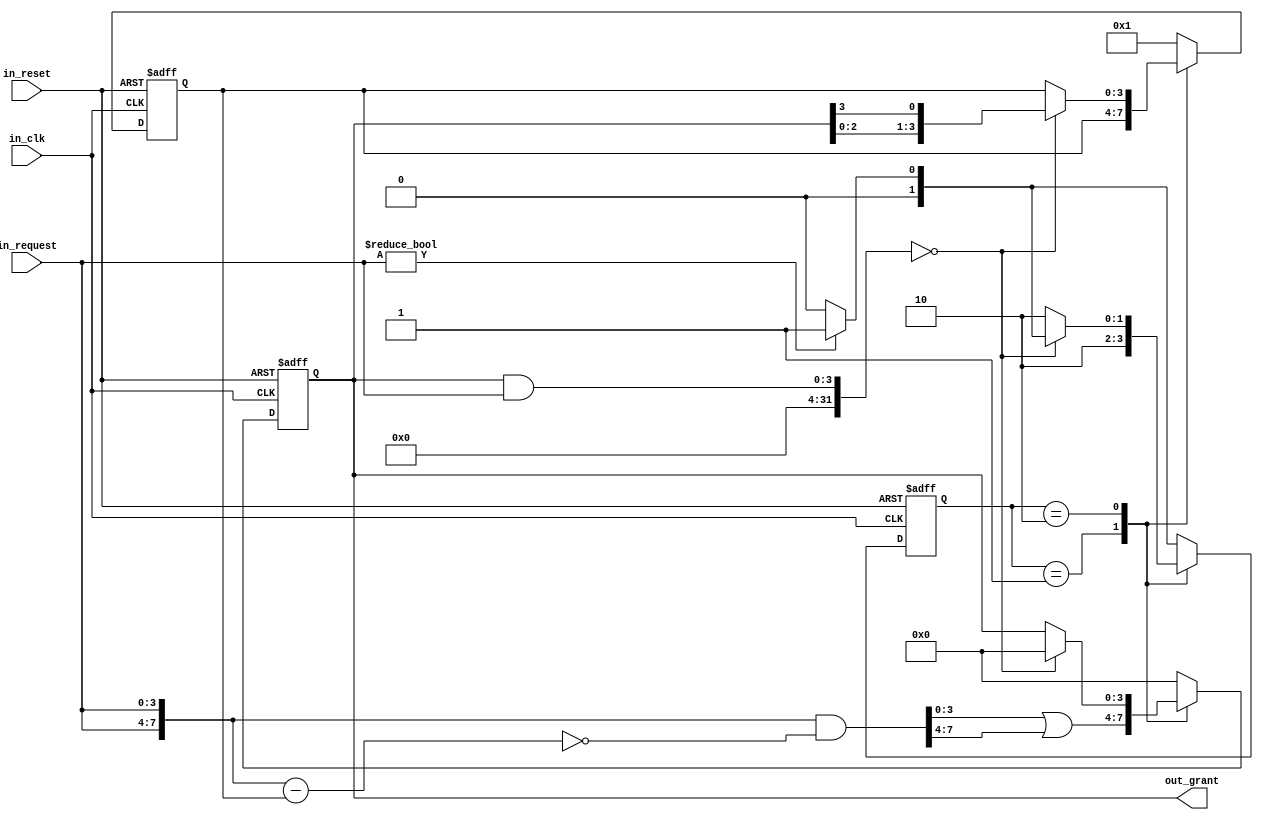

module round_robin #(parameter width=4) (input in_clk,input in_reset,input [width - 1:0] in_request, output reg [width - 1:0] out_grant);

localparam s_IDLE = 2'b00 , s_GRANT = 2'b01 , s_WORK = 2'b10;
reg [1:0] r_state;
reg [width-1:0] r_base;

wire [2*width-1:0] n_double_request = {in_request,in_request};
wire [2*width-1:0] n_double_grant;
assign n_double_grant = n_double_request & ~(n_double_request - {{(width){1'b0}}, r_base});

always @(posedge in_clk, negedge in_reset) begin
	if (~in_reset)begin
		r_state <= s_IDLE;
		r_base <= 1;
		out_grant <= 0;
	end
	else begin
	case (r_state)
	s_IDLE:	begin 
	r_base <= 1;
	out_grant <= 0;
	if (in_request != 0)
		r_state <= s_GRANT;
	else
		r_state <= s_IDLE;
	end 

	s_GRANT : begin 
	r_base <= r_base;
	out_grant <= n_double_grant[width-1:0] | n_double_grant[2*width-1:width];
	r_state <= s_WORK;
	end

	s_WORK : begin
	if ((out_grant & in_request) == 0) begin
		r_base <= {out_grant[width -2:0] , out_grant[width-1]}; //cicular left shift
		out_grant <= 0;	
		if (in_request != 0)
			r_state <= s_GRANT;
		else
			r_state <= s_IDLE;
		end
	else begin
		r_base <= r_base;
		out_grant <= out_grant;
		r_state <= s_WORK;
		end
	end
	
	default: begin
		r_base <= 1;
		out_grant <= 0;
		if (in_request != 0)
			r_state <= s_GRANT;
		else
			r_state <= s_IDLE;
	end
	endcase
end
end

endmodule